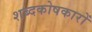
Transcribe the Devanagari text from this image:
शब्दकोषकारों